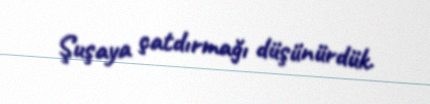
Şuşaya çatdırmağı düşünürdük.